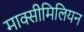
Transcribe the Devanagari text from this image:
माक्सीमिलियन